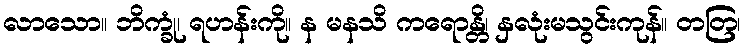
လာသော။ ဘိက္ခုံ၊ ရဟန်းကို။ န မနသိ ကရောန္တိ၊ နှလုံးမသွင်းကုန်။ တတြ၊